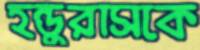
হন্ডুরাসকে